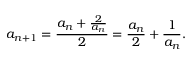
a _ { n + 1 } = { \frac { a _ { n } + { \frac { 2 } { a _ { n } } } } { 2 } } = { \frac { a _ { n } } { 2 } } + { \frac { 1 } { a _ { n } } } .